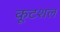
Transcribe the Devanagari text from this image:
कूटशल